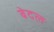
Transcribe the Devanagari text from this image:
बेदल